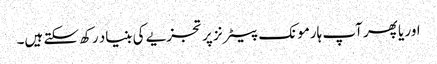
اور یا پھر آپ ہارمونک پیٹرنز پر تجزیے کی بنیاد رکھ سکتے ہیں۔